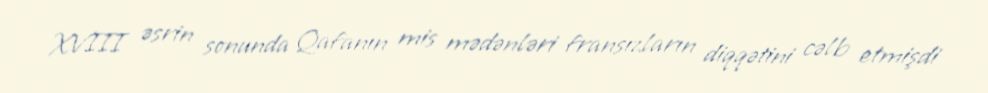
XVIII əsrin sonunda Qafanın mis mədənləri fransızların diqqətini cəlb etmişdi